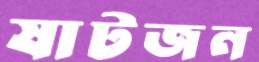
ষাটজন